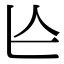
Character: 𠆦